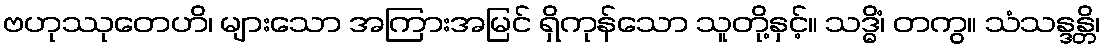
ဗဟုဿုတေဟိ၊ များသော အကြားအမြင် ရှိကုန်သော သူတို့နှင့်။ သဒ္ဓိံ၊ တကွ။ သံသန္ဒန္တိ၊